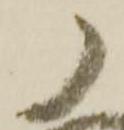
ノ